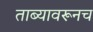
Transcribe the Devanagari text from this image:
ताब्यावरूनच